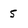
Character: 5